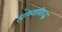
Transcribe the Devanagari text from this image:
ह्यांच्याविरुद्ध